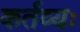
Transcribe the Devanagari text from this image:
कर्तव्यः